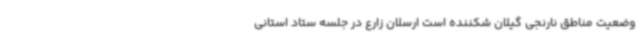
وضعیت مناطق نارنجی گیلان شکننده است ارسلان زارع در جلسه ستاد استانی